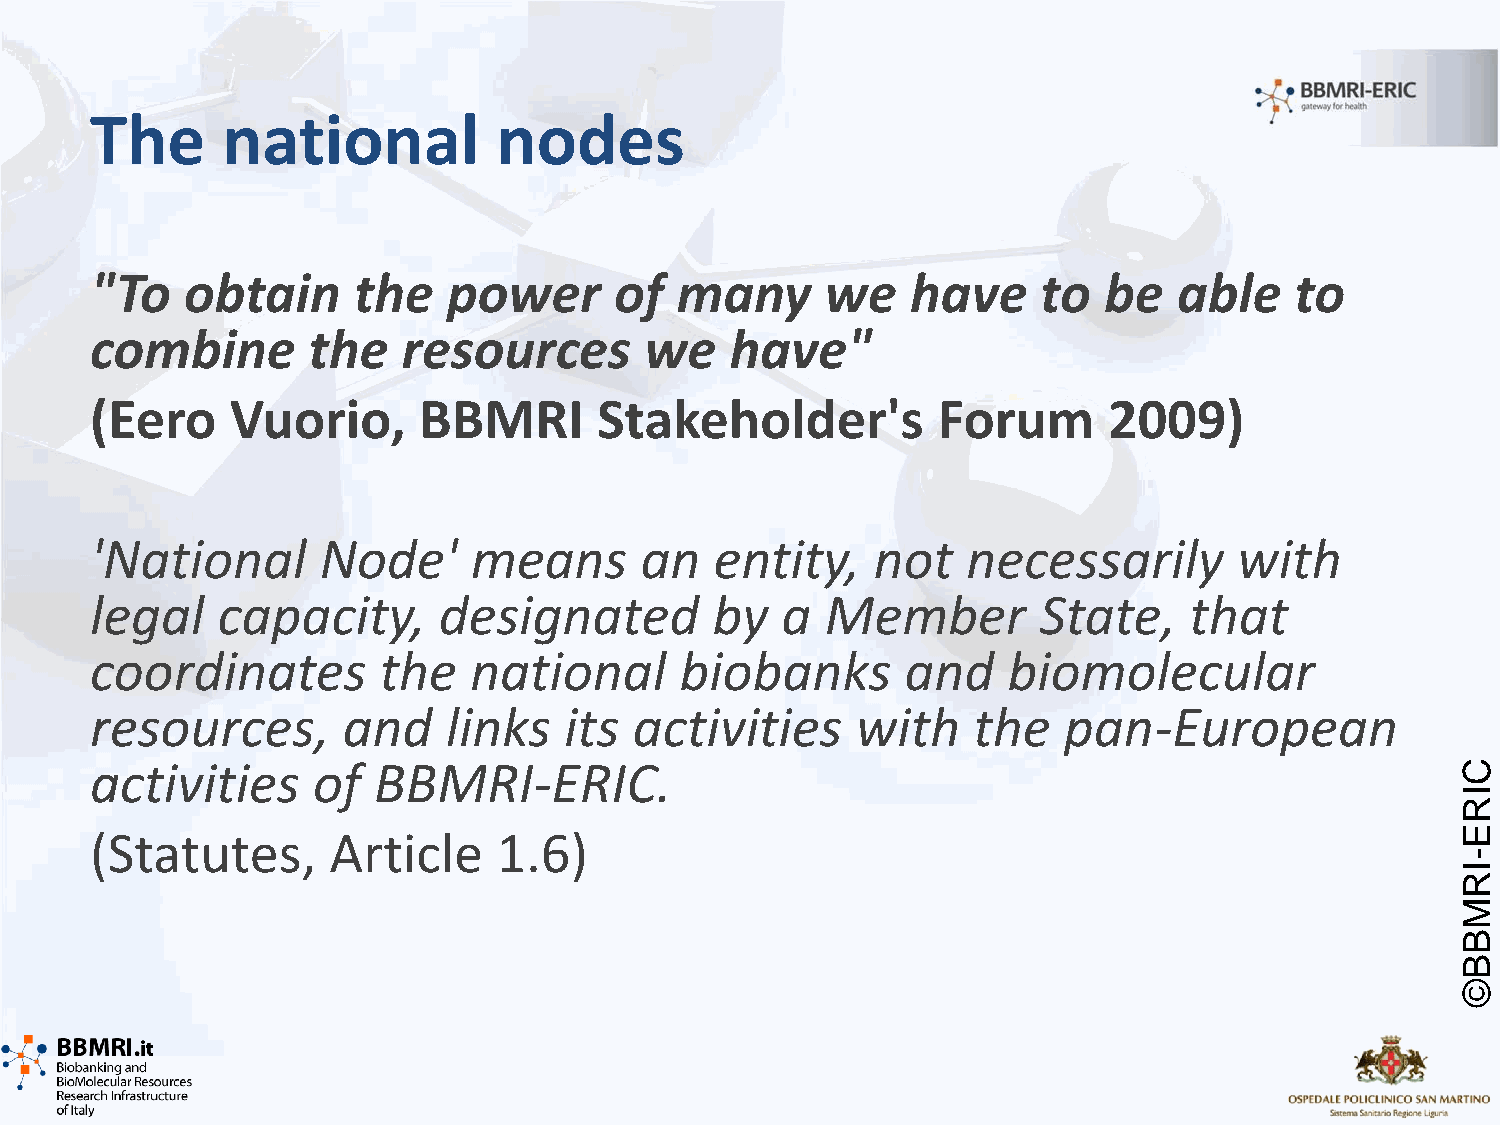
The      national          nodes
 "To   obtain     the    power      of  many      we   have     to  be   able    to
 combine       the    resources       we   have"
 (Eero    Vuorio,      BBMRI       Stakeholder's         Forum      2009)
 'National      Node'     means      an   entity,    not   necessarily       with
 legal   capacity,      designated        by   a  Member        State,    that
 coordinates        the   national      biobanks       and    biomolecular
 resources,       and    links  its  activities     with   the   pan-European
 activities     of  BBMRI-ERIC.                                                             C
 I
 R
 (Statutes,      Article    1.6)                                                            E
 -
 I
 R
 M
 B
 B
 ©